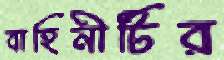
বাহিনীটির